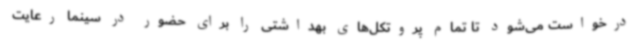
درخواست می‌شود تا تمام پروتکل‌های بهداشتی را برای حضور در سینما رعایت